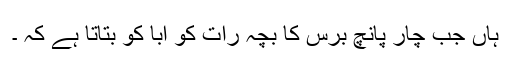
ہاں جب چار پانچ برس کا بچہ رات کو ابا کو بتاتا ہے کہ ۔